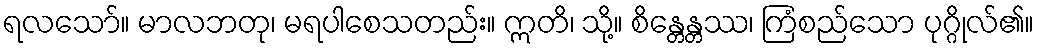
ရလသော်။ မာလဘတု၊ မရပါစေသတည်း။ ဣတိ၊ သို့။ စိန္တေန္တဿ၊ ကြံစည်သော ပုဂ္ဂိုလ်၏။